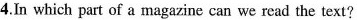
4.In which part of a magazine can we read the text?